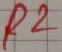
Text: R2